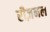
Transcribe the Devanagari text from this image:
रीज़नल